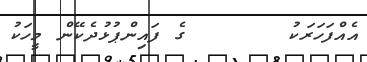
އެއްފަހަރަކު       ގެ ފައިންޕުޅުދެކޭން މީހަކު